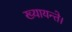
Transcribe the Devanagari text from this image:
ख्यायन्ते।